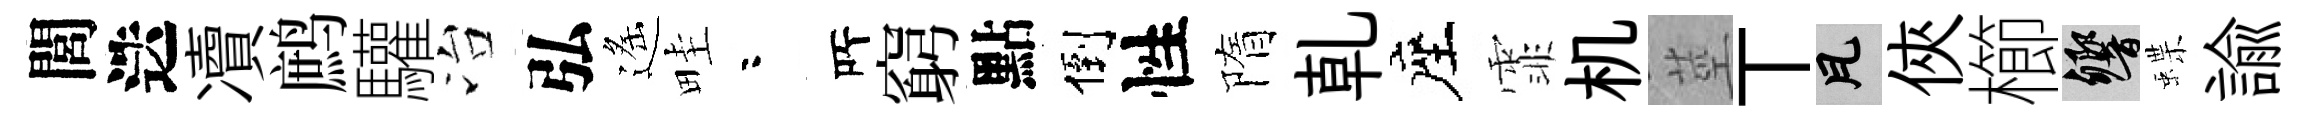
閭迭凟鹧驩冶弘遙畦咯𠩄窮點倒性隋乹座霏机莖丅瓦俠櫛響蝶諭